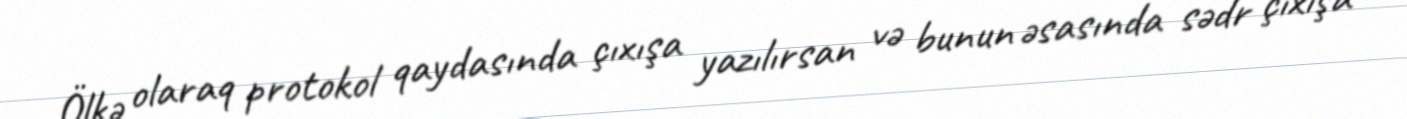
Ölkə olaraq protokol qaydasında çıxışa yazılırsan və bunun əsasında sədr çıxışa